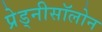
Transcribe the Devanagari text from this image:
प्रेड्नीसॉलोन